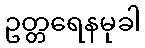
ဥတ္တရေနမုခါ